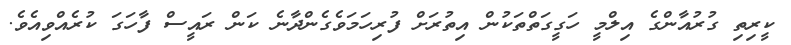
ކީރިތި ގުރުއާންގެ އިލްމީ ހަގީގަތްތަކުން އިތުރަށް ފުރިހަމަވެގެންދާނެ ކަން ރައީސް ފާހަގަ ކުރެއްވިއެވެ.